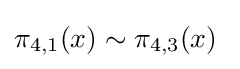
\pi _{4,1}(x)\sim \pi _{4,3}(x)\